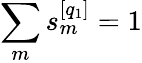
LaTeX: \sum_{m}s_{m}^{[q_{1}]}=1